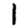
Digit: 1